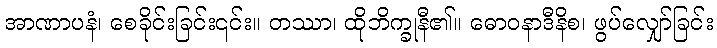
အာဏာပနံ၊ စေခိုင်းခြင်း၎င်း။ တဿာ၊ ထိုဘိက္ခုနီ၏။ ဓောဝနာဒီနိစ၊ ဖွပ်လျှော်ခြင်း